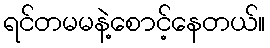
ရင်တမမနဲ့စောင့်နေတယ်။